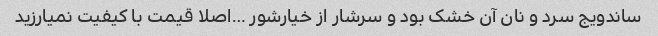
ساندویج سرد و نان آن خشک بود و سرشار از خیارشور …اصلا قیمت با کیفیت نمیارزید